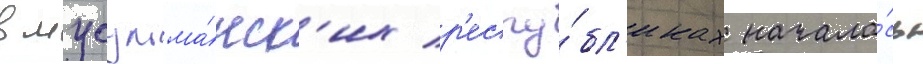
в мусульма́нск'их р'еспу́бл'иках начала́сь